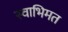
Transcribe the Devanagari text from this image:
स्वाभिमत